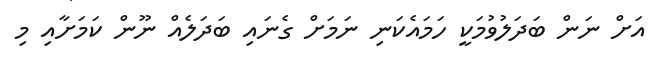
އަށް ނަން ބަދަލުވުމަކީ ހަމައެކަނި ނަމަށް ގެނައި ބަދަލެއް ނޫން ކަމަށާއި މި